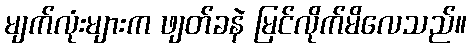
မျက်လုံးများက ဖျတ်ခနဲ မြင်လိုက်မိလေသည်။